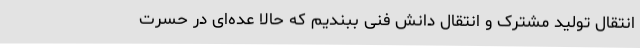
انتقال تولید مشترک و انتقال دانش فنی ببندیم که حالا عده‌ای در حسرت